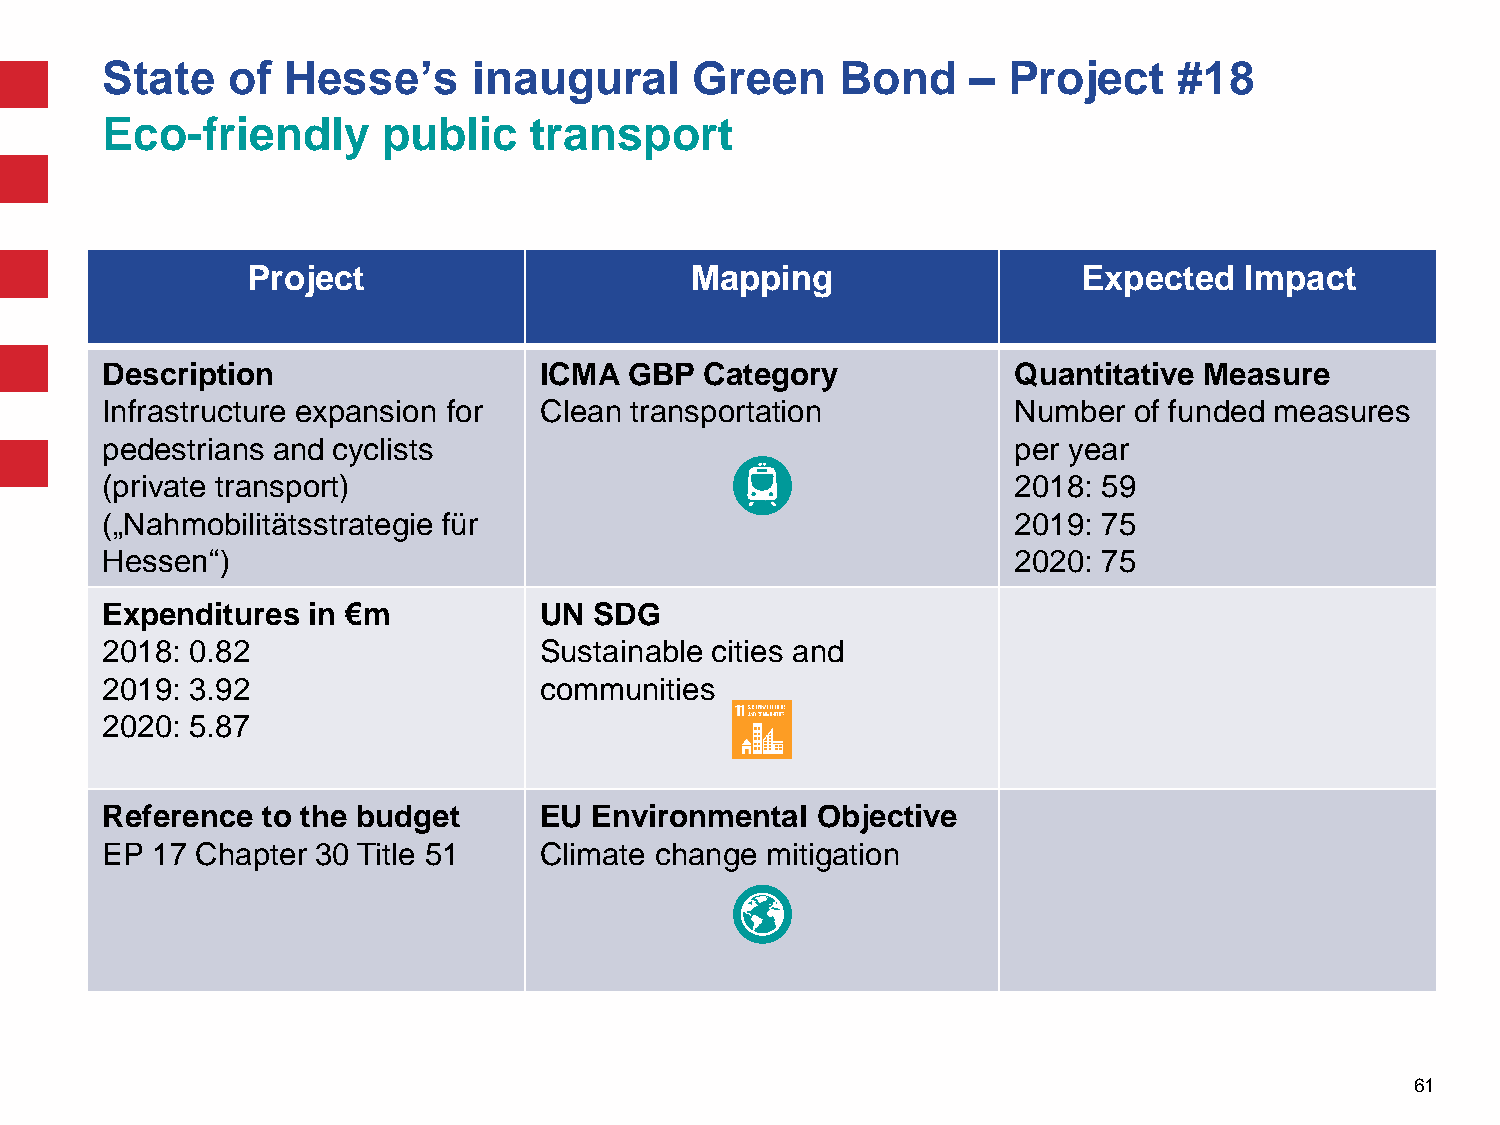
State   of  Hesse’s     inaugural      Green     Bond    –  Project    #18
 Eco-friendly      public    transport
 Project                       Mapping                   Expected  Impact
 Description                  ICMA  GBP  Category            Quantitative Measure
 Infrastructure expansion for Clean transportation           Number  of funded measures
 pedestrians and cyclists                                    per year
 (private transport)                                         2018: 59
 („Nahmobilitätsstrategie für                                2019: 75
 Hessen“)                                                    2020: 75
 Expenditures in €m           UN SDG
 2018: 0.82                   Sustainable cities and
 2019: 3.92                   communities
 2020: 5.87
 Reference to the budget      EU Environmental  Objective
 EP 17 Chapter 30 Title 51    Climate change mitigation
 61